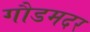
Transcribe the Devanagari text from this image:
गौडमदर